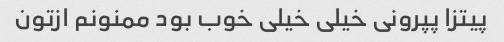
پیتزا پپرونی خیلی خیلی خوب بود ممنونم ازتون